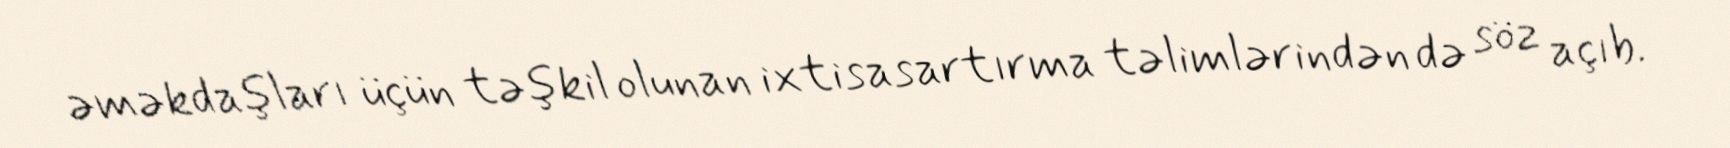
əməkdaşları üçün təşkil olunan ixtisasartırma təlimlərindən də söz açıb.